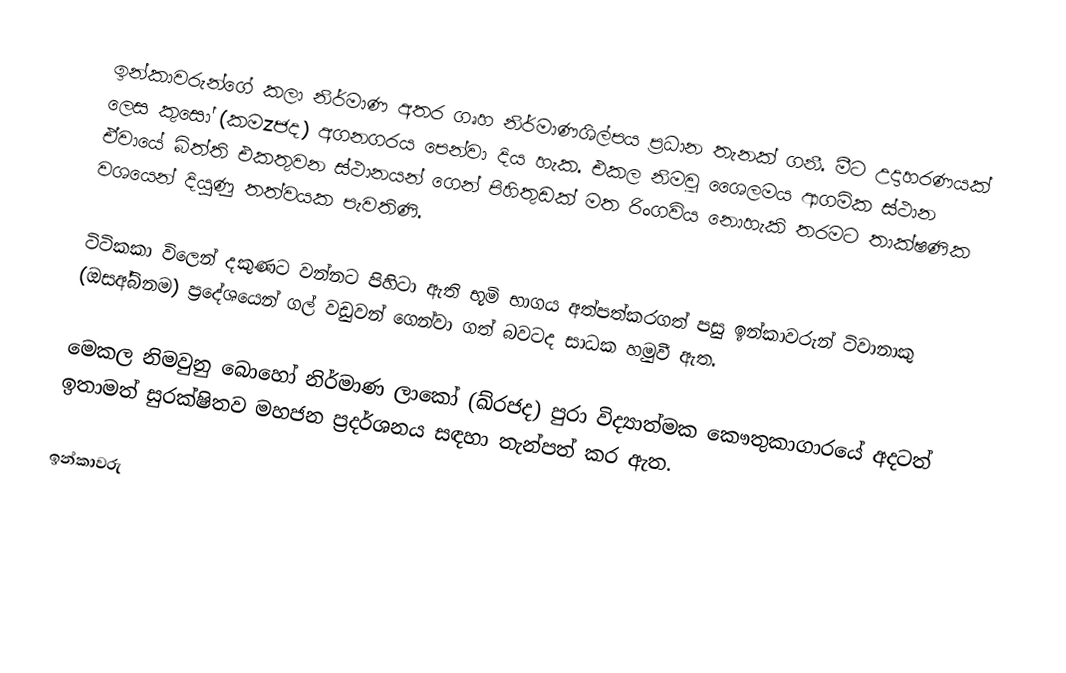
ඉන්කාවරුන්ගේ කලා නිර්මාණ අතර ගෘහ නිර්මාණශිල්පය ප්‍රධාන තැනක් ගනී. මීට උදාහරණයක් ලෙස කුසෝ (ක‍මzජද) අගනගරය පෙන්වා දිය හැක.  එකල නිමවූ ශෛලමය ආගමික ස්ථාන ඒවායේ බිත්ති එකතුවන ස්ථානයන් ගෙන් පිහිතුඩක් මත රිංගවිය නොහැකි තරමට තාක්ෂණික වශයෙන් දියුණු තත්වයක පැවතිණි.

ටිටිකකා විලෙන් දකුණට වන්නට පිහිටා ඇති භූමි භාගය අත්පත්කරගත් පසු ඉන්කාවරුන් ටිවානාකු (ඔසඅ්බ්නම) ප්‍රදේශයෙන් ගල් වඩුවන් ගෙන්වා ගත් බවටද සාධක හමුවී ඇත.

මෙකල නිමවුනු බොහෝ නිර්මාණ ලාකෝ (ඛ්රජද) පුරා විද්‍යාත්මක කෞතුකාගාරයේ අදටත් ඉතාමත් සුරක්ෂිතව මහජන ප්‍රදර්ශනය සඳහා තැන්පත් කර ඇත.

ඉන්කාවරු